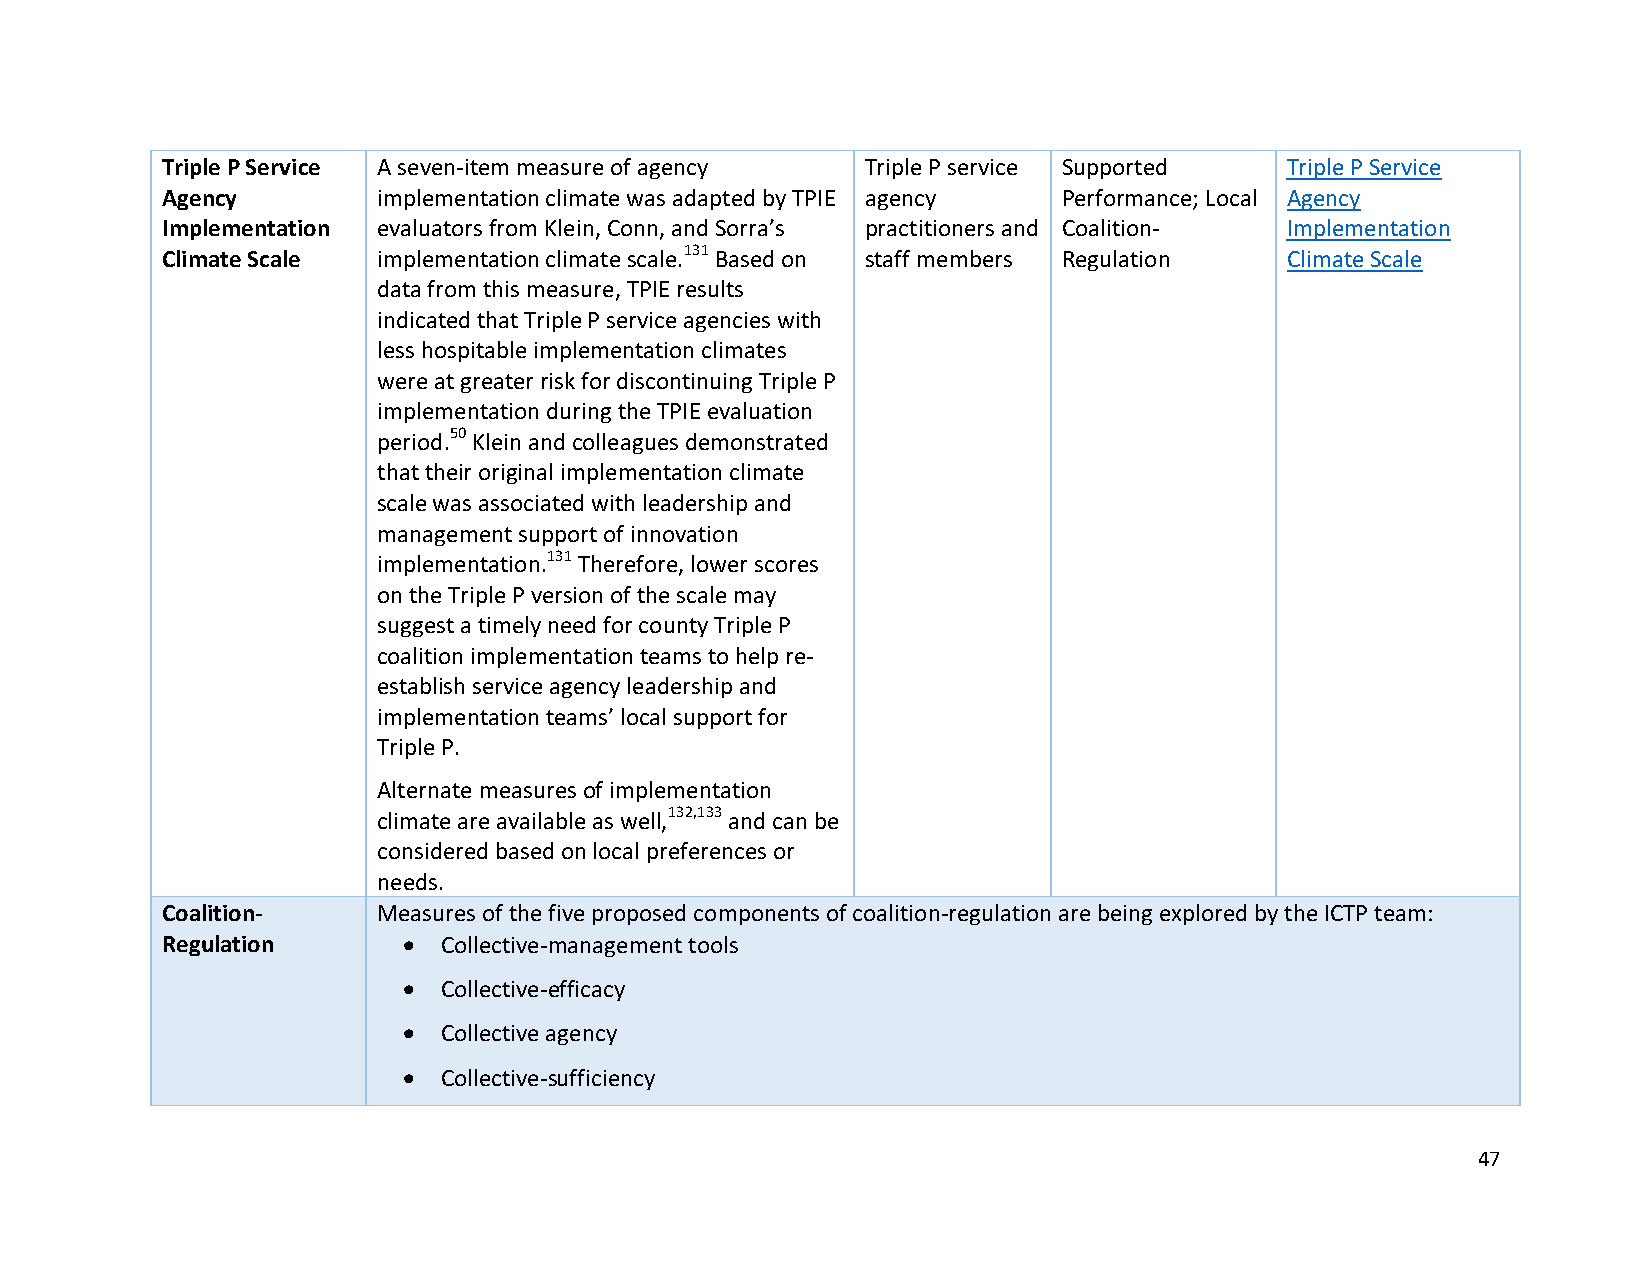
Triple P Service A seven-item measure of agency Triple P service Supported Triple P Service
 Agency        implementation climate was adapted by TPIE agency Performance; Local Agency
 Implementation evaluators from Klein, Conn, and Sorra’s practitioners and Coalition- Implementation
 Climate Scale implementation climate scale.131 Based on staff members Regulation Climate Scale
 data from this measure, TPIE results
 indicated that Triple P service agencies with
 less hospitable implementation climates
 were at greater risk for discontinuing Triple P
 implementation during the TPIE evaluation
 period.50 Klein and colleagues demonstrated
 that their original implementation climate
 scale was associated with leadership and
 management support of innovation
 implementation.131 Therefore, lower scores
 on the Triple P version of the scale may
 suggest a timely need for county Triple P
 coalition implementation teams to help re-
 establish service agency leadership and
 implementation teams’ local support for
 Triple P.
 Alternate measures of implementation
 climate are available as well,132,133 and can be
 considered based on local preferences or
 needs.
 Coalition-    Measures of the five proposed components of coalition-regulation are being explored by the ICTP team:
 Regulation      • Collective-management tools
 • Collective-efficacy
 • Collective agency
 • Collective-sufficiency
 47